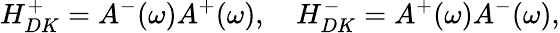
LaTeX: H_{DK}^{+}=A^{-}(\omega)A^{+}(\omega),\quad H_{DK}^{-}=A^{+}(\omega)A^{-}(\omega),